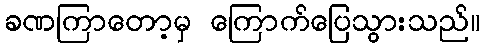
ခဏကြာတော့မှ ကြောက်ပြေသွားသည်။